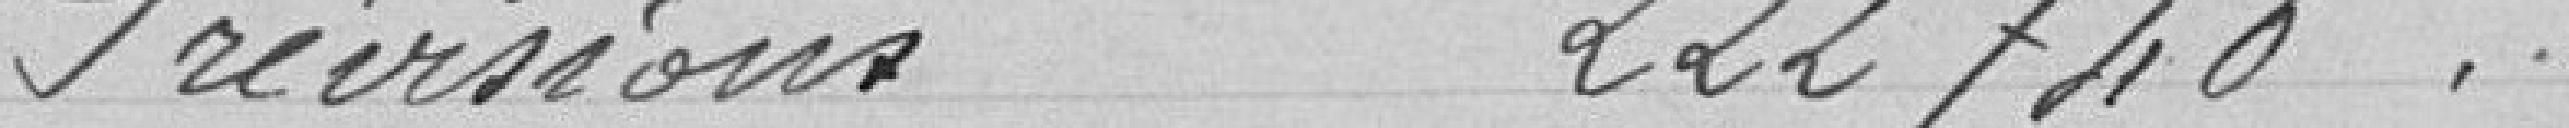
Prévisions 222740